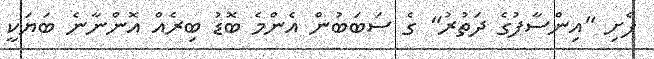
ފެށި "އިންސާފުގެ ދަތުރު" ގެ ސަބަބުން އެންމެ ބޮޑު ބިރެއް އޮންނާނެ ބަޔަކީ